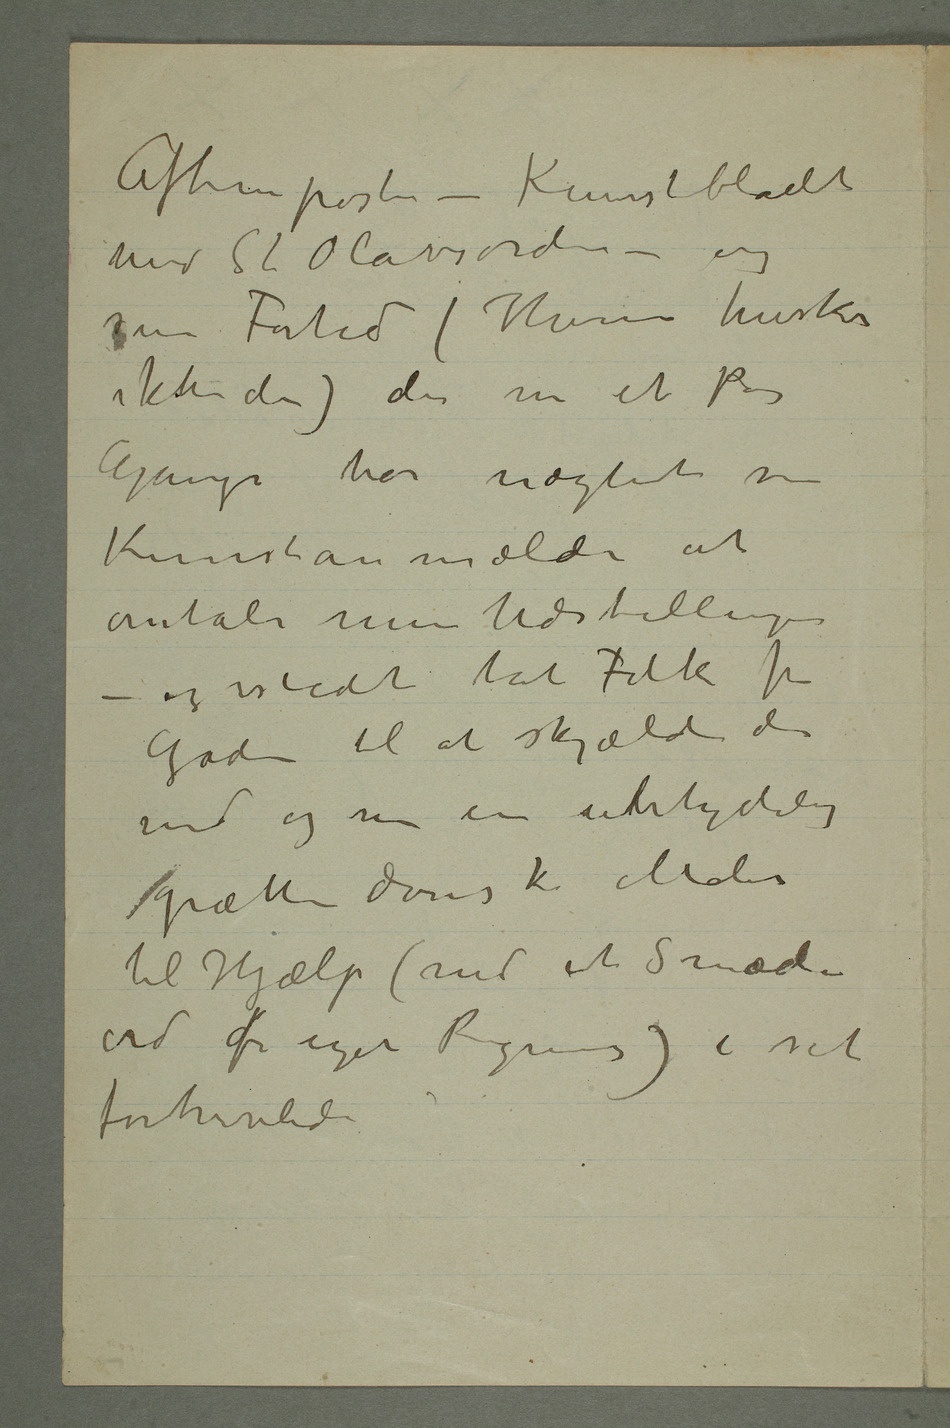
Aftenposten – Kunstbladet
med St Olavsorden – og
sin Fortid (Hvem husker
ikke den) der nu et Par
Gange har nægtet sin
Kunstanmælder at
omtale mine Udstillinger –
og istedet tat Folk fra
Gaden til at skjælde den
ud og nu en ubetydelig
grætten dansk Maler
til Hjælp (med et Smæde-
ord for egen Regning) i sit
fortvivlede